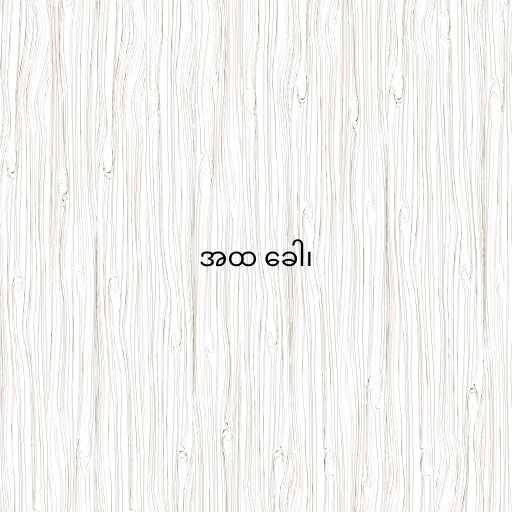
အထ ခေါ၊